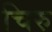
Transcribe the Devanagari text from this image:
चिरु